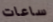
ساعات